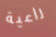
راعية